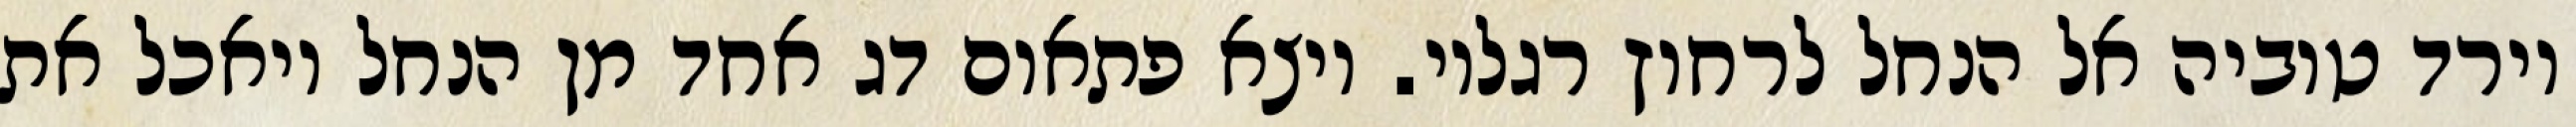
וירד טוביה אל הנחל לרחוץ רגליו. ויצא פתאום דג אחד מן הנחל ויאכל את